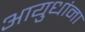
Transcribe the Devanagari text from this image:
आयुधांना